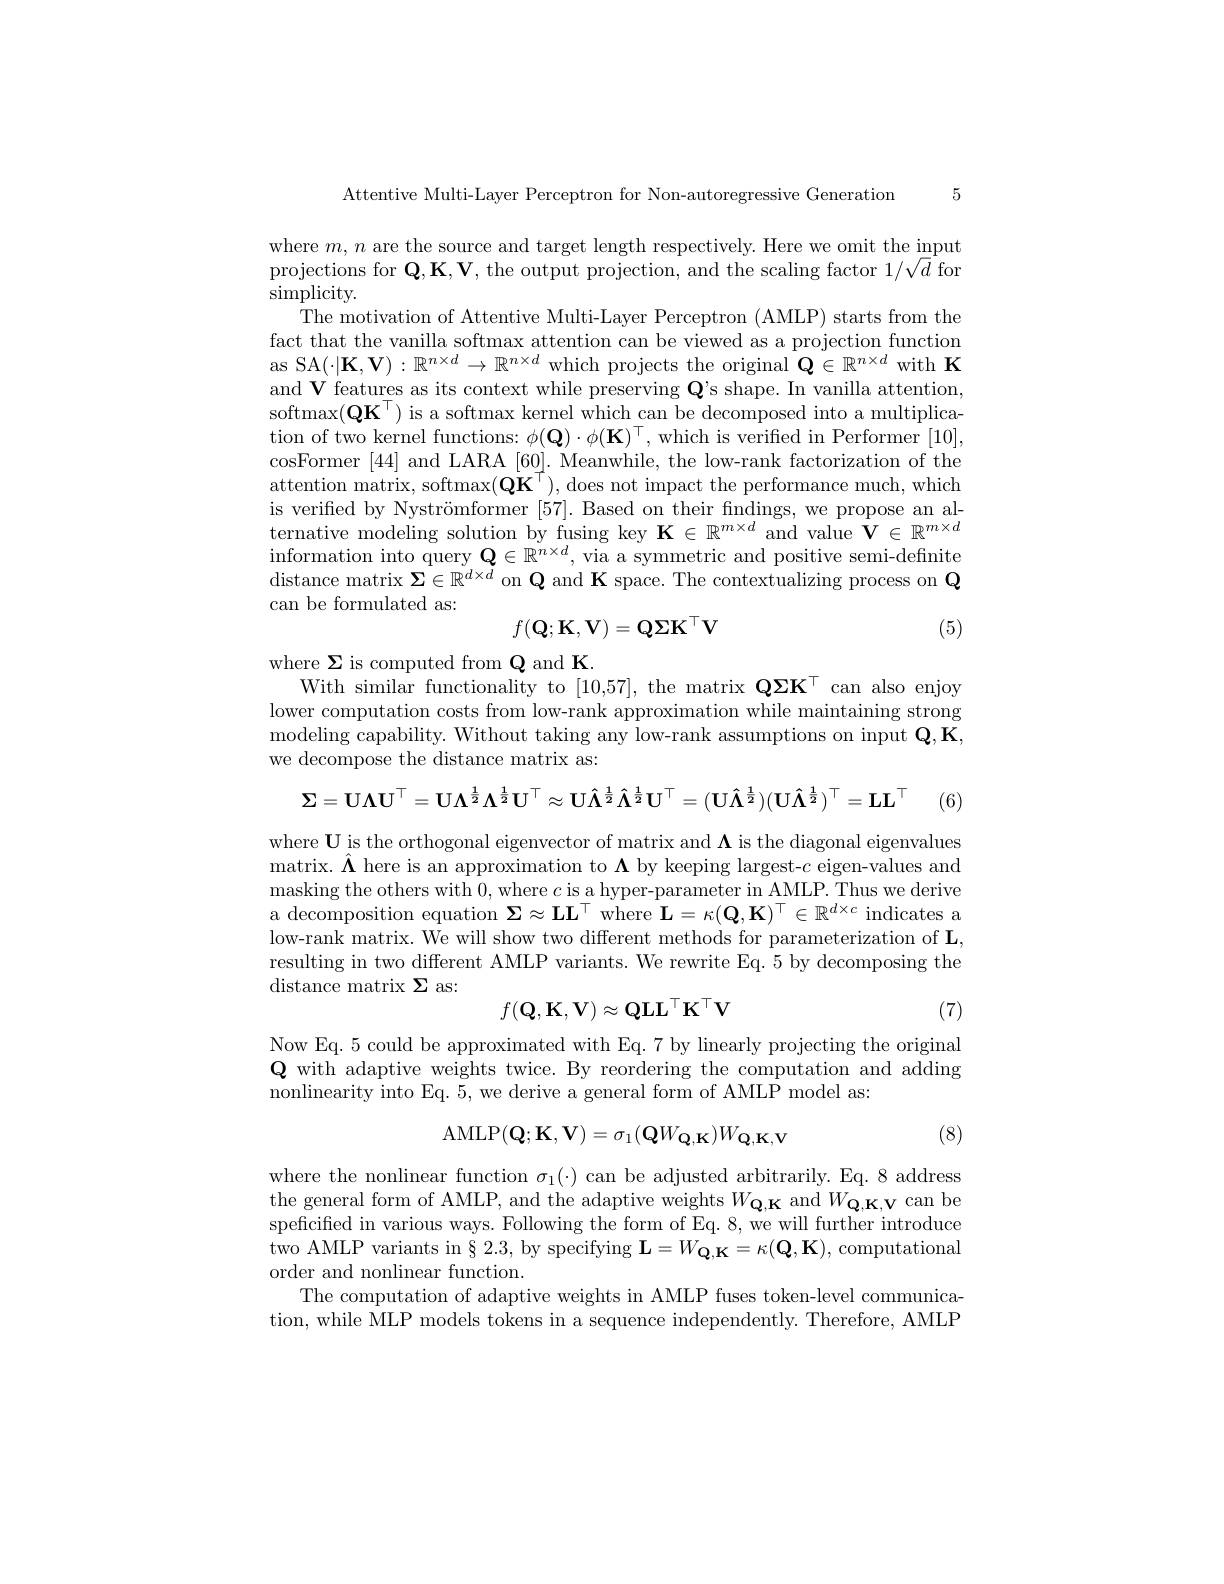
5

Attentive Multi-Layer Perceptron for Non-autoregressive Generation

where $m,n$ are the source and target length respectively. Here we omit the input projections for $\mathbf{Q},\mathbf{K},\mathbf{V}$,the output projection, and the scaling factor $1/\sqrt{d}$ for $\operatorname{simplicity}.$

The motivation of Attentive Multi-Layer Perceptron (AMLP) starts from the fact that the vanilla softmax attention can be viewed as a projection function as SA$(\cdot|\mathbf{K},\mathbf{V}):\mathbb{R}^{n\times d}\to\mathbb{R}^{n\times d}$ which projects the original $\mathbf{Q}\in\mathbb{R}^n\times d$ with K and $\textbf{V features as its context while preserving Q' s shape. In vanilla attention, }$ softmax$(\mathbf{Q}\mathbf{K}^\top)$ is a softmax kernel which can be decomposed into a multiplication of two kernel functions: $\phi(\mathbf{Q})\cdot\phi(\mathbf{K})^{\top}$, which is verified in Performer [10], cosFormer [44] and LARA [60]. Meanwhile, the low-rank factorization of the attention matrix, softmax$(\mathbf{Q}\mathbf{K}^{\prime})$,does not impact the performance much, which is verified by Nyströmformer [57]. Based on their fndings, we propose an alternative modeling solution by fusing key $\mathbf{K}\in\mathbb{R}^{m\times d}$ and value $\mathbf{V}\in\mathbb{R}^m\times d$ $\bar{\text{information into query }\mathbf{Q}}\in\mathbb{R}^{n\times d}$, via a symmetric and positive semi-definite distance matrix $\boldsymbol{\Sigma}\in\mathbb{R}^{d\times d}$ on Q and K space. The contextualizing process on Q $\operatorname{can}{\mathrm{~be~formulated~as:}}$
$$f(\mathbf{Q};\mathbf{K},\mathbf{V})=\mathbf{Q}\mathbf{\Sigma}\mathbf{K}^\top\mathbf{V}$$
(5)

where $\Sigma$ is computed from Q and K
With similar functionality to [10,57], the matrix Q$\Sigma\mathbf{K}^\top$ can also enjoy lower computation costs from low-rank approximation while maintaining strong modeling capability. Without taking any low-rank assumptions on input $\mathbf{Q},\mathbf{K}$, we decompose the distance matrix as:
$$\mathbf{\Sigma=U\Lambda U^{\top}=U\Lambda^{{\frac{1}{2}}}\Lambda^{{\frac{1}{2}}}U^{\top}\approx U\hat{\Lambda}^{{\frac{1}{2}}}\hat{\Lambda}^{{\frac{1}{2}}}U^{\top}=(U\hat{\Lambda}^{{\frac{1}{2}}})(U\hat{\Lambda}^{{\frac{1}{2}}})^{\top}=LL^{\top}}$$
where U is the orthogonal eigenvector of matrix and $\Lambda$ is the diagonal eigenvalues matrix. $\hat{\mathbf{\Lambda}}$ here is an approximation to $\boldsymbol\Lambda$ by keeping largest-$c$ eigen-values and masking the others with 0,where $c$ is a hyper-parameter in AMLP. Thus we derive a decomposition equation $\boldsymbol{\Sigma}\approx\mathbf{LL}^\top$ where $\mathbf{L}=\kappa(\mathbf{Q},\mathbf{K})^\top\in\mathbb{R}^{d\times c}$ indicates a low-rank matrix. We will show two different methods for parameterization of L resulting in two different AMLP variants. We rewrite Eq. 5 by decomposing the distance matrix $\boldsymbol\Sigma$ as:
$$f(\mathbf{Q},\mathbf{K},\mathbf{V})\approx\mathrm{QLL}^\top\mathbf{K}^\top\mathbf{V}$$
(7)

Now Eq. 5 could be approximated with Eq. 7 by linearly projecting the original $\mathbf{Q}$ with adaptive weights twice. By reordering the computation and adding nonlinearity into Eq. 5, we derive a general form of AMLP model as:
$$\mathrm{AMLP}(\mathbf{Q};\mathbf{K},\mathbf{V})=\sigma_{1}(\mathbf{Q}W_{\mathbf{Q},\mathbf{K}})W_{\mathbf{Q},\mathbf{K},\mathbf{V}}$$
where the nonlinear function $\sigma_1(\cdot)$ can be adjusted arbitrarily. Eq.8 address the general form of AMLP, and the adaptive weights $W_{\mathbf{Q},\mathbf{K}}$ and $W_{\mathbf{Q},\mathbf{K},\mathbf{V}}$ can be speficified in various ways. Following the form of Eq. 8, we will further introduce two AMLP variants in§ 2.3, by specifying $\mathbf{L}=W_{\mathbf{Q},\mathbf{K}}=\kappa(\mathbf{Q},\mathbf{K})$, computational order and nonlinear function.
The computation of adaptive weights in AMLP fuses token-level communication, while MLP models tokens in a sequence independently. Therefore, AMLP